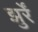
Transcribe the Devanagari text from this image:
झुर्रें